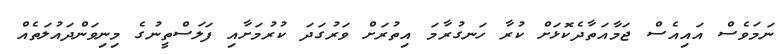
ނަމަވެސް އައިއެސް ޖަމާއަތާދެކޮޅަށް ކުރާ ހަނގުރާމަ އިތުރަށް ވަރުގަދަ ކުރުމަށާއި ފަލަސްތީނުގެ މިނިވަންދައުލަތެއް